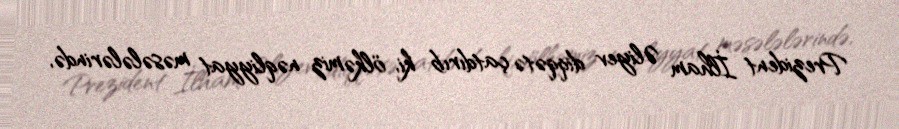
Prezident İlham Əliyev diqqətə çatdırıb ki, ölkəmiz nəqliyyat məsələlərində,